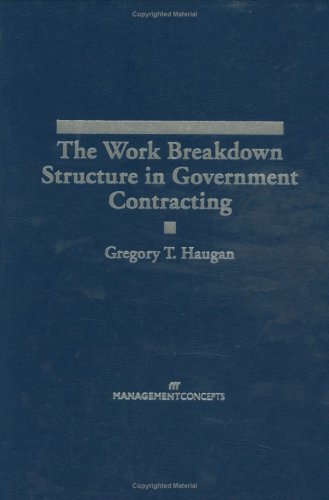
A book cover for The Work Breakdown Structure in Government Contracting; Gregory T. Haugan; Law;